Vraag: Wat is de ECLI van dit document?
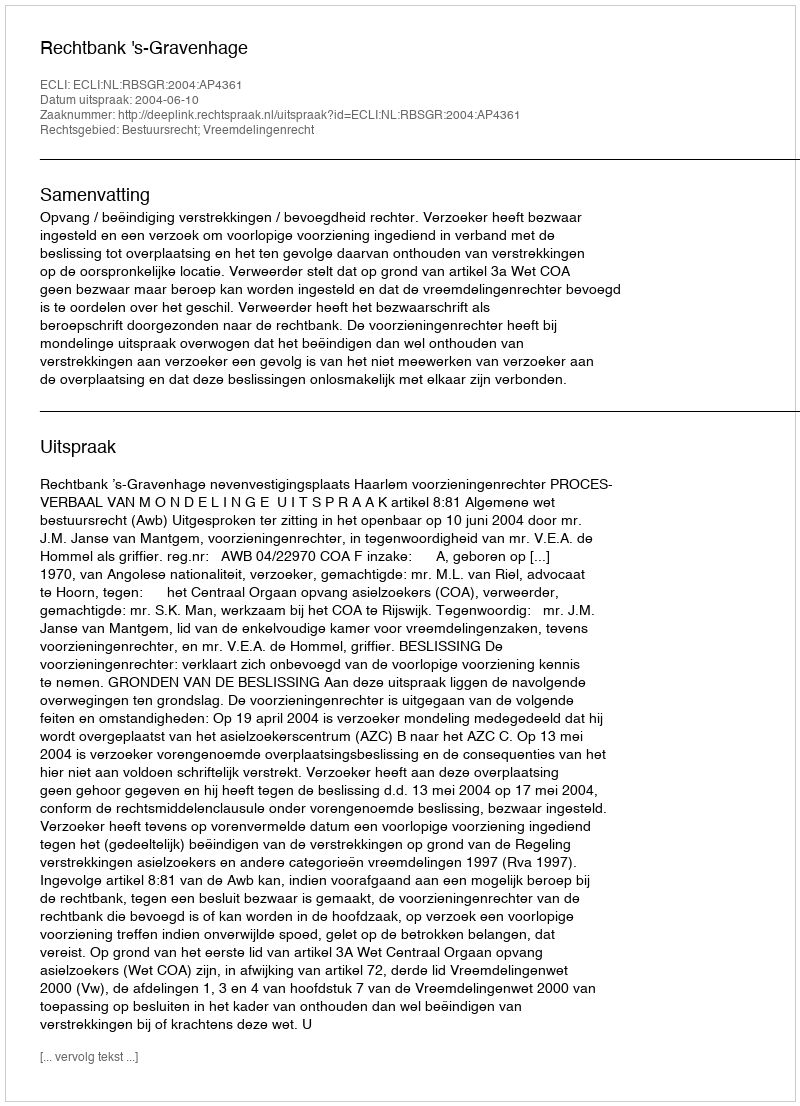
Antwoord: ECLI:NL:RBSGR:2004:AP4361